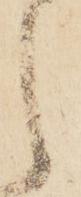
之